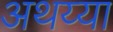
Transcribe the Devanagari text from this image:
अथय्या